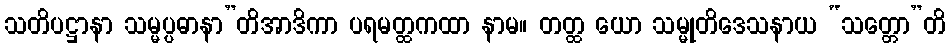
သတိပဋ္ဌာနာ သမ္မပ္ပဓာနာ”တိအာဒိကာ ပရမတ္ထကထာ နာမ။ တတ္ထ ယော သမ္မုတိဒေသနာယ “သတ္တော”တိ